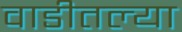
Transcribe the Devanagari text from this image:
वाडीतल्या